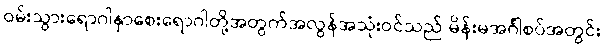
ဝမ်းသွားရောဂါနှာစေးရောဂါတို့အတွက်အလွန်အသုံးဝင်သည် မိန်းမအင်္ဂါစပ်အတွင်း